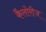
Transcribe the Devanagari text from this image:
कैलोरीज